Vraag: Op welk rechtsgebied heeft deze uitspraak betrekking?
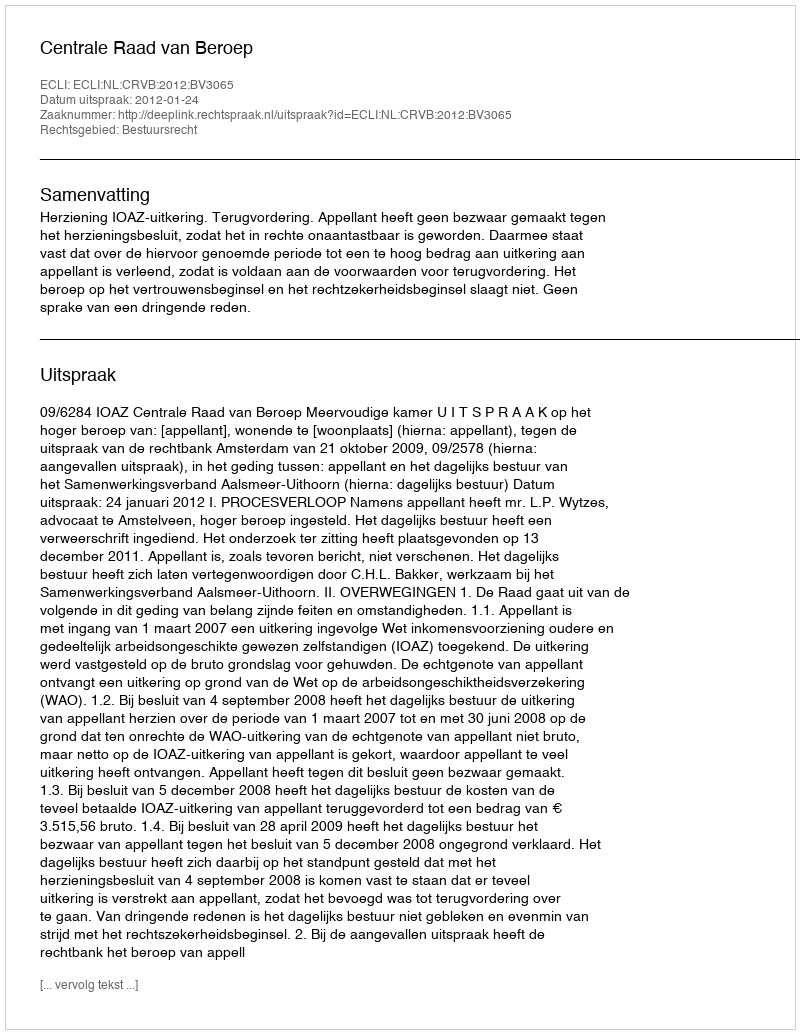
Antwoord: Bestuursrecht